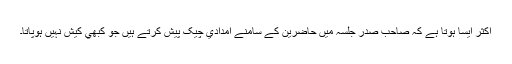
اکثر ايسا ہوتا ہے کہ صاحب صدر جلسہ ميں حاضرين کے سامنے امدادي چيک پيش کرتے ہيں جو کبھي کيش نہيں ہوپاتا۔